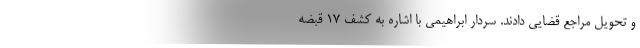
و تحویل مراجع قضایی دادند. سردار ابراهیمی با اشاره به کشف ۱۷ قبضه